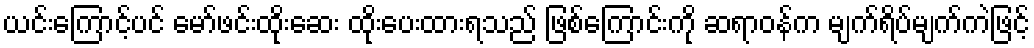
ယင်းကြောင့်ပင် မော်ဖင်းထိုးဆေး ထိုးပေးထားရသည် ဖြစ်ကြောင်းကို ဆရာဝန်က မျက်ရိပ်မျက်ကဲဖြင့်